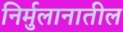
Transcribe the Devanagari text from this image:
निर्मुलानातील